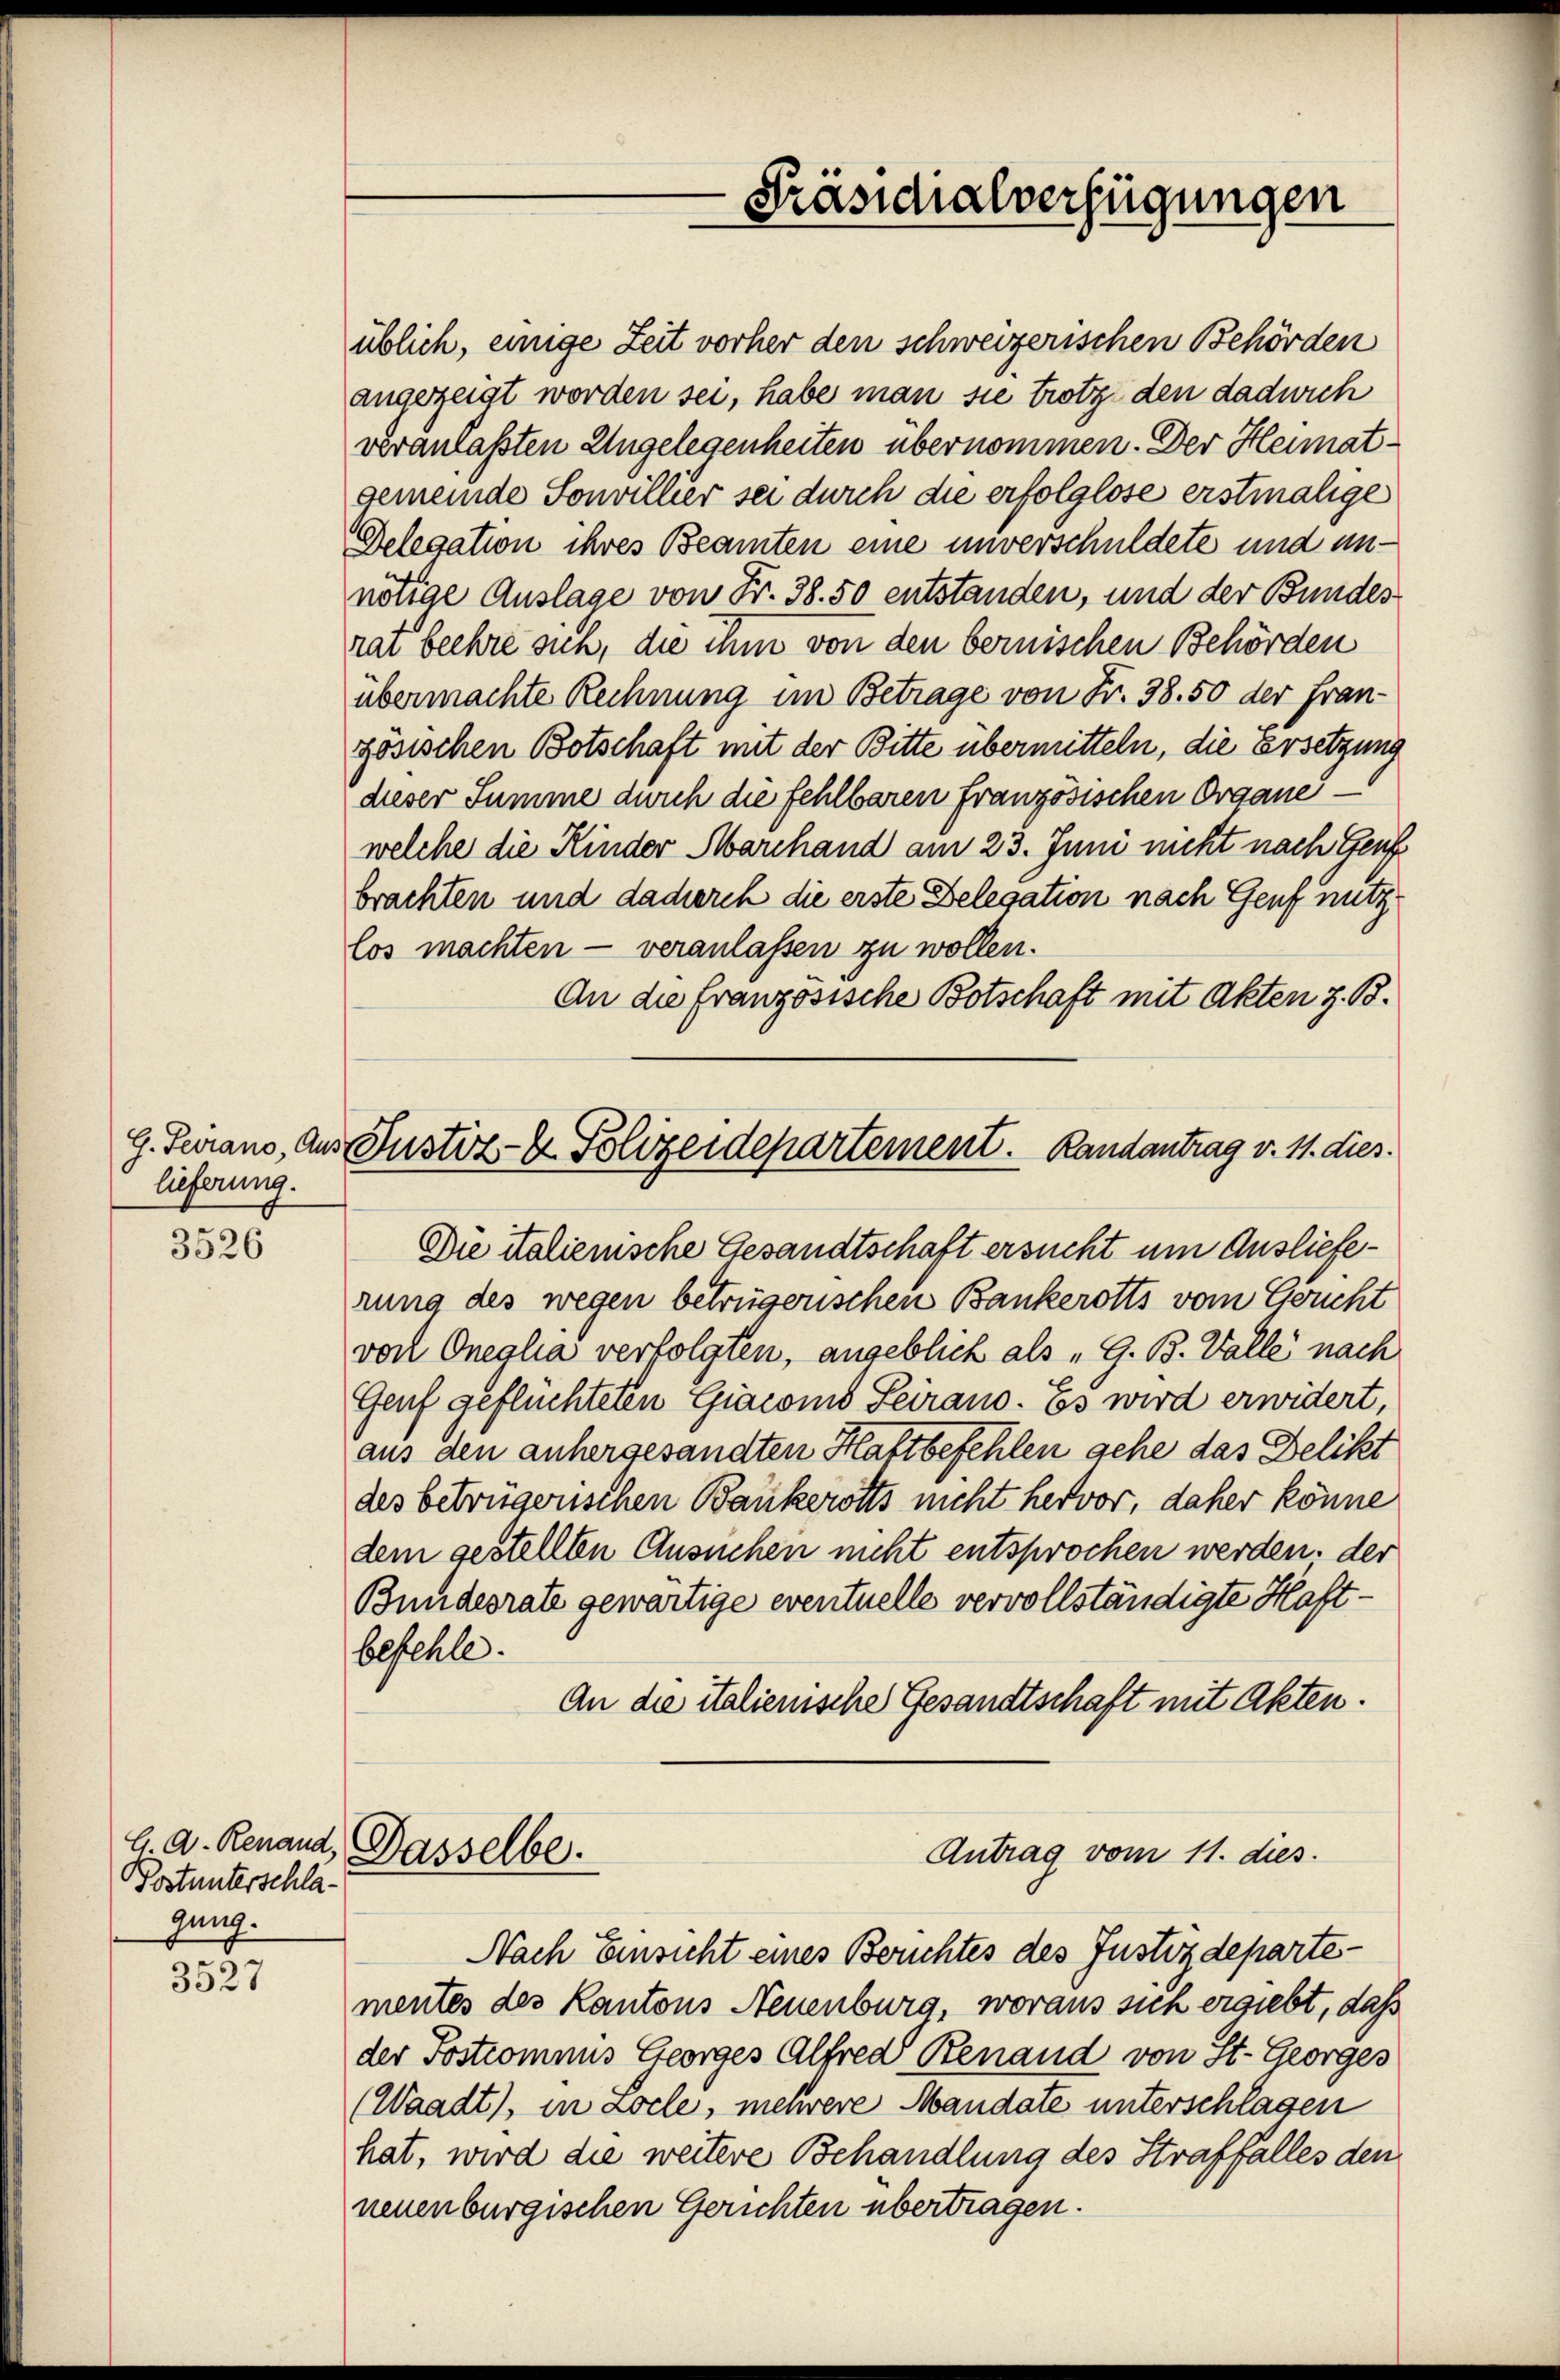
lieferung.

3526

Postunterschlagung.

3527

üblich, einige Zeit vorher den schweizerischen Behörden
angezeigt worden sei, habe man sie trotz den dadurch
veranlaßten Angelegenheiten übernommen. Der Heimatgemeinde Sonvillier sei durch die erfolglose erstmalige
Delegation ihres Beamten eine unverschuldete und unnötige Auslage von Fr. 38. 50 entstanden, und der Bundes
rat beehre sich, die ihm von den bernischen Behörden
übermachte Rechnung im Betrage von Fr. 38. 50 der Französischen Botschaft mit der Bitte übermitteln, die Ersetzung
dieser Summe durch die fehlbaren französischen Organewelche die Kinder Marchand am 23. Juni nicht nach Genf
brachten und dadurch die erste Belegation nach Genf nutzlos machten — veranlassen zu wollen.
An die französische Botschaft mit Akten z. B.
g. Ferrano, aus Justiz- & Polizeidepartement. Randantrag v. 11. dies
Die italienische Gesandtschaft ersucht um Auslieferung des wegen betrügerischen Bankerotts vom Gericht
von Oneglia verfolgten, angeblich als „G. B. Valle nach
Genf geflüchteten Giacond Seirano. Es wird erwidert,
aus den anhergesandten Haftbefehlen gehe das Delikt
des betrügerischen Bankerotts nicht hervor, daher könne
dem gestellten Ansuchen nicht entsprochen werden. der
Bundesrate gewärtige eventuelle vervollständigte Haftbefehle.
An die italienische Gesandtschaft mit Akten.
G. A. Renaud, Dasselbe.
Antrag vom 11. dies

Präsidialverfügungen

Nach Einsicht eines Berichtes des Justizdepartementes des Kantons Neuenburg, woraus sich ergiebt, daß
der Postcommis Georges Alfred Renaud von St. Georges
(Waadt), in Zocle, mehrere Mandate unterschlagen
hat, wird die weitere Behandlung des Straffalles den
neuenburgischen Gerichten übertragen.